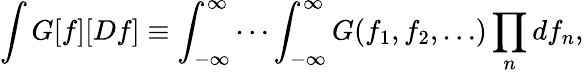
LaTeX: \int G[f][Df]\equiv\int_{-\infty}^{\infty}\cdots\int_{-\infty}^{\infty}G(f_{1},f_{2},\ldots)\prod_{n}df_{n},